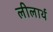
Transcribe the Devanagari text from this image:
लीलार्थ